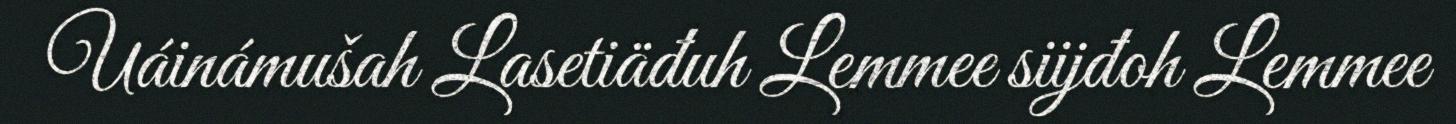
Uáinámušah Lasetiäđuh Lemmee siijđoh Lemmee